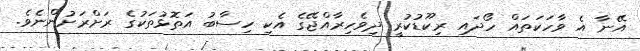
އޭނާ އެ ވާހަކަތައް ހޯދައި ރިކޫޑުކުރީ ދިވެހިރާއްޖޭގެ އެކި ހިސާބު އަތޮޅުތަކުގެ ރަށްރަށުންނެވެ.